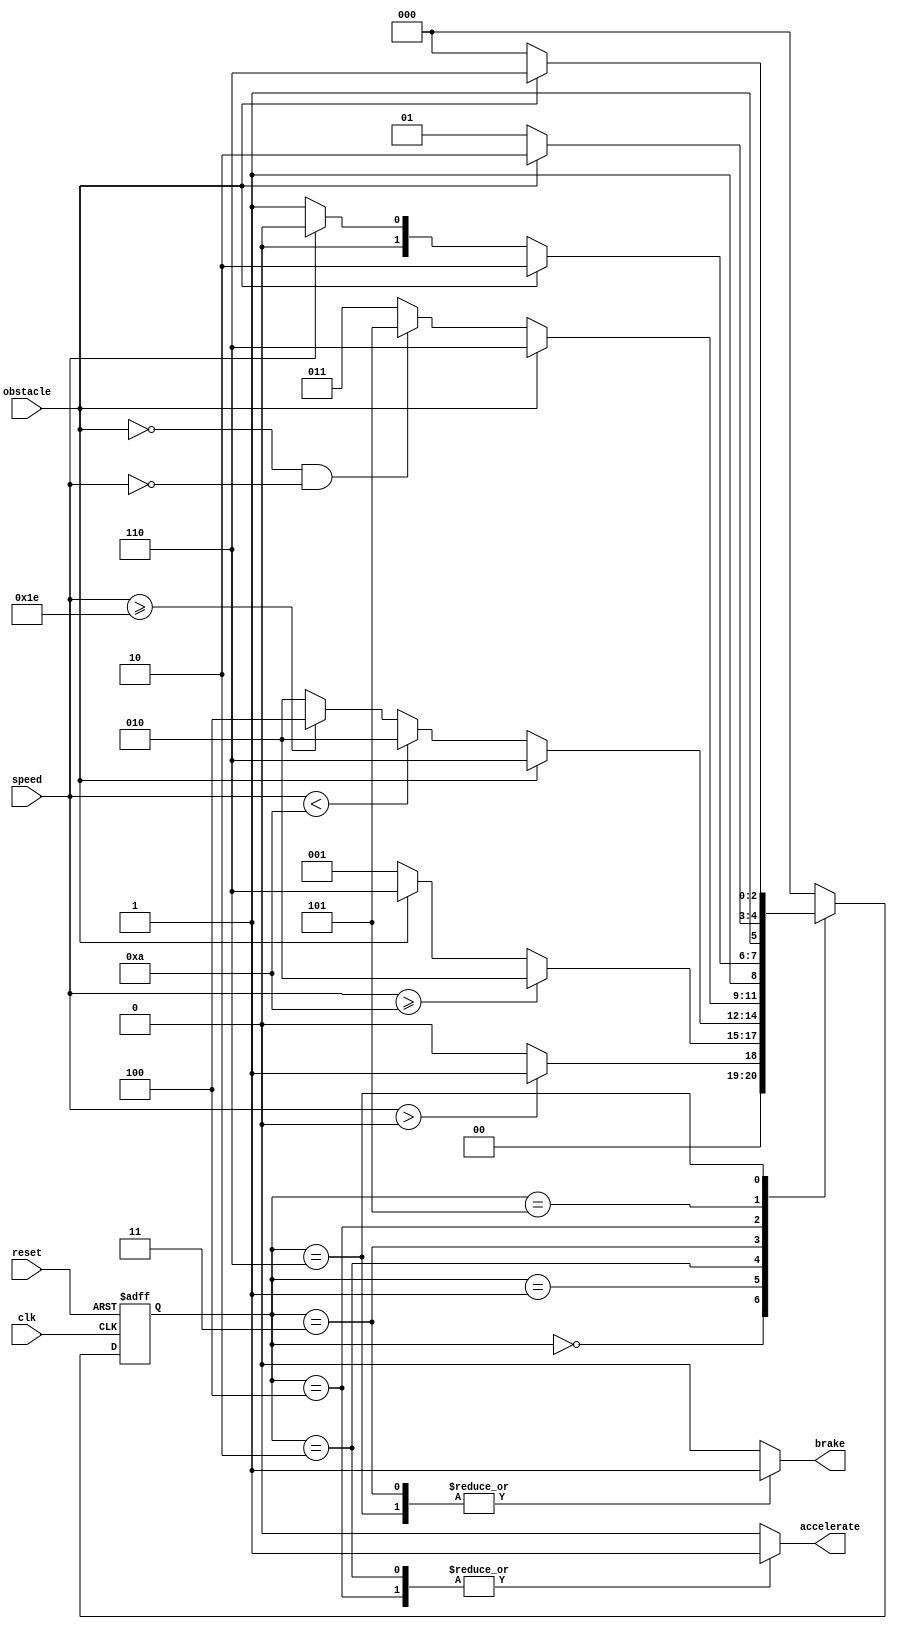
module Fsm(
  input wire clk,
  input wire reset,
  input wire speed,
  input wire obstacle,
  output reg accelerate,
  output reg brake
);

  // State enumeration
  localparam [2:0] INITIAL_STATE = 3'b000;
  localparam [2:0] START = 3'b001;
  localparam [2:0] DRIVE_MODE = 3'b010;
  localparam [2:0] REVERSE_MODE = 3'b011;
  localparam [2:0] MOTION_MODE = 3'b100;
  localparam [2:0] PARKING_STATE = 3'b101;
  localparam [2:0] EMERGENCY_STATE = 3'b110;

  // Define state registers
  reg [2:0] current_state;
  reg [2:0] next_state;

  // Initialize state registers
  always @(posedge clk or posedge reset) begin
    if (reset)
      current_state <= INITIAL_STATE;
    else
      current_state <= next_state;
  end

  // Define output assignments
  always @* begin
    case (current_state)
      INITIAL_STATE:
        begin
          accelerate = 1'b0;
          brake = 1'b0;
        end
      START:
        begin
          accelerate = 1'b0;
          brake = 1'b0;
        end
      DRIVE_MODE:
        begin
          accelerate = 1'b1;
          brake = 1'b0;
        end
      REVERSE_MODE:
        begin
          accelerate = 1'b0;
          brake = 1'b1;
        end
      MOTION_MODE:
        begin
          accelerate = 1'b1;
          brake = 1'b0;
        end
      PARKING_STATE:
        begin
          accelerate = 1'b0;
          brake = 1'b0;
        end
      EMERGENCY_STATE:
        begin
          accelerate = 1'b0;
          brake = 1'b1;
        end
      default:
        begin
          accelerate = 1'b0;
          brake = 1'b0;
        end
    endcase
  end

  // Define next state logic
  always @* begin
    case (current_state)
      INITIAL_STATE:
        begin
          if (speed > 0)
            next_state = START;
          else
            next_state = INITIAL_STATE;
        end
      START:
        begin
          if (speed >= 10)
            next_state = DRIVE_MODE;
          else if (obstacle)
            next_state = EMERGENCY_STATE;
          else
            next_state = START;
        end
      DRIVE_MODE:
        begin
          if (obstacle)
            next_state = EMERGENCY_STATE;
          else if (speed < 10)
            next_state = DRIVE_MODE;
          else if (speed >= 30)
            next_state = MOTION_MODE;
          else if (!obstacle && speed < 30)
            next_state = DRIVE_MODE;
          else
            next_state = DRIVE_MODE;
        end
      REVERSE_MODE:
        begin
          if (obstacle)
            next_state = EMERGENCY_STATE;
          else if (!obstacle && speed == 0)
            next_state = PARKING_STATE;
          else if (speed > 0)
            next_state = REVERSE_MODE;
          else
            next_state = REVERSE_MODE;
        end
      MOTION_MODE:
        begin
          if (obstacle)
            next_state = EMERGENCY_STATE;
          else if (speed == 0)
            next_state = PARKING_STATE;
          else if (speed < 30)
            next_state = MOTION_MODE;
          else
            next_state = MOTION_MODE;
        end
      PARKING_STATE:
        begin
          if (obstacle)
            next_state = EMERGENCY_STATE;
          else if (!obstacle && speed > 0)
            next_state = PARKING_STATE;
          else
            next_state = PARKING_STATE;
        end
      EMERGENCY_STATE:
        begin
          if (!obstacle)
            next_state = INITIAL_STATE;
          else
            next_state = EMERGENCY_STATE;
        end
      default:
        next_state = INITIAL_STATE;
    endcase
  end

endmodule